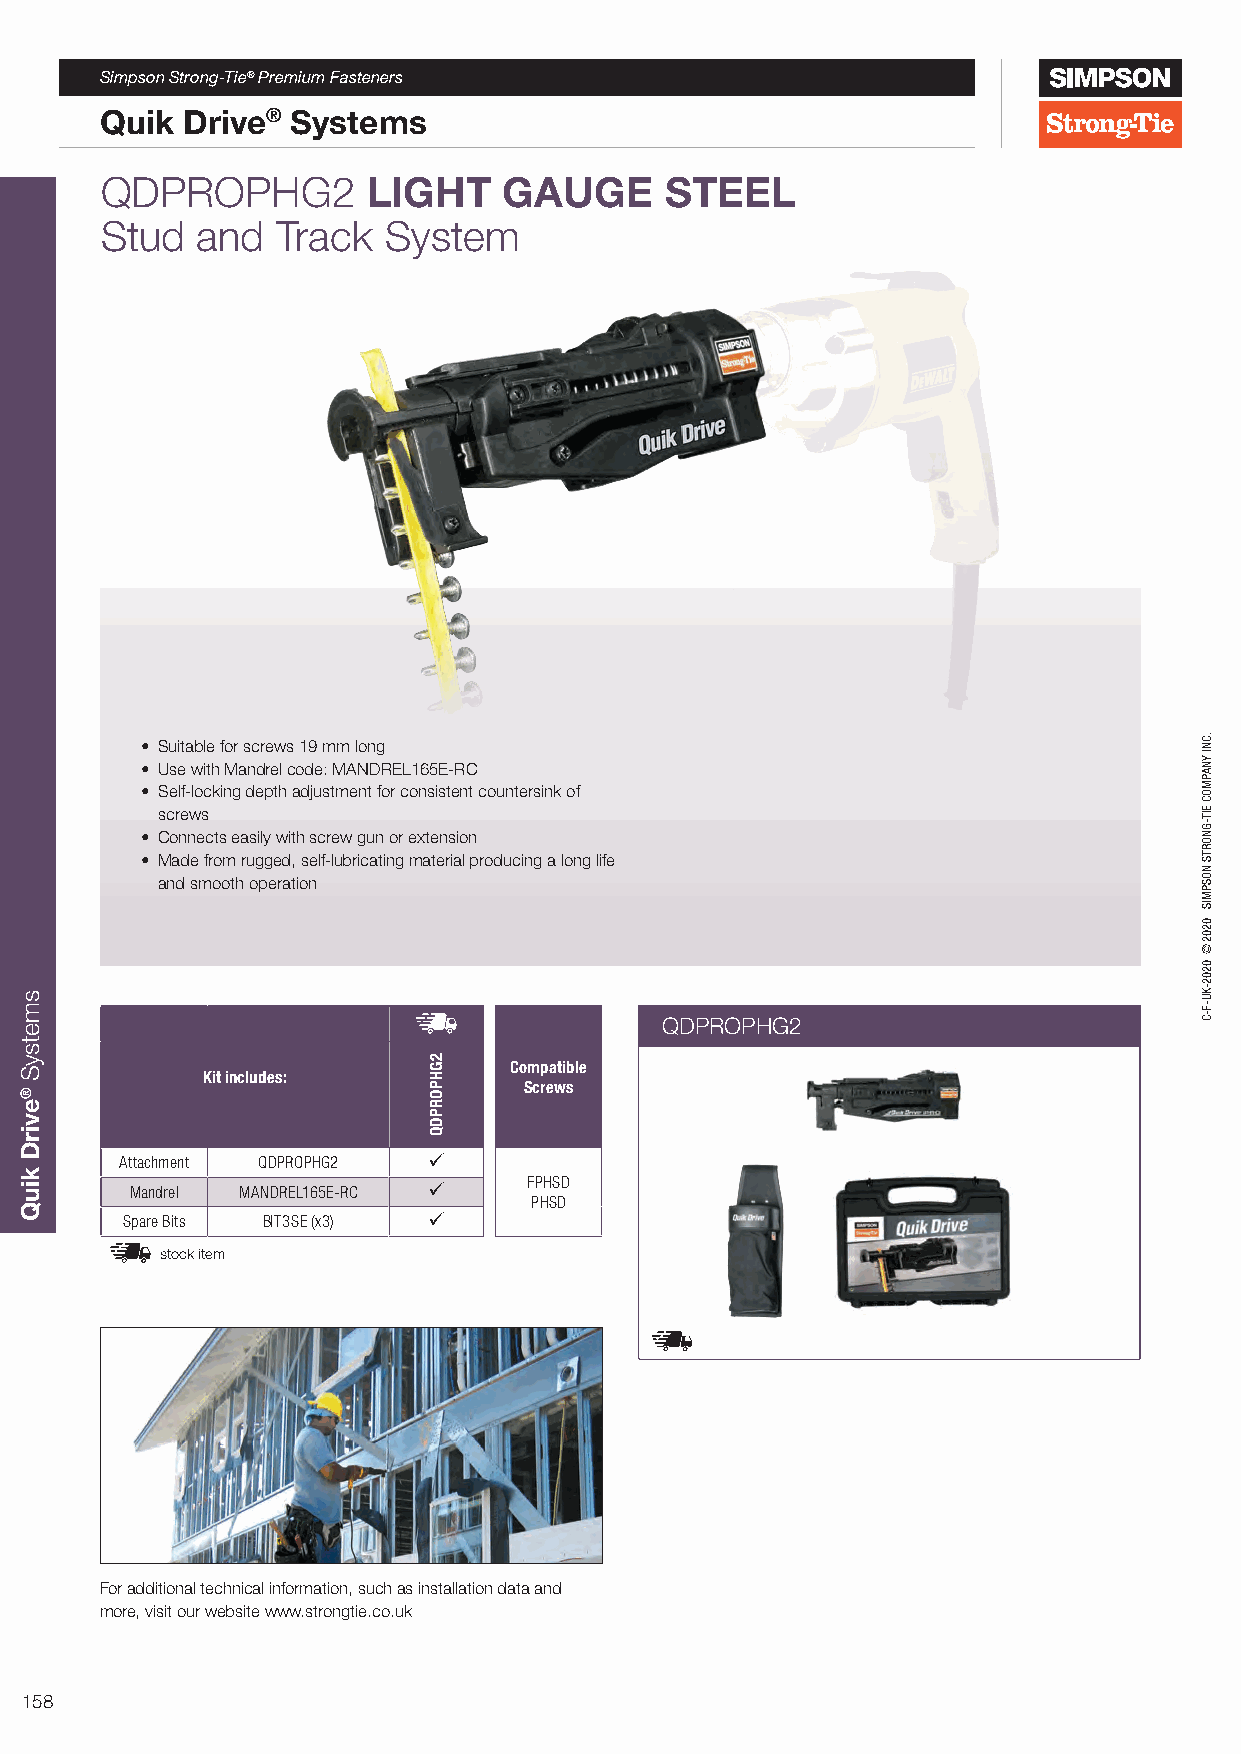
Simpson Strong-Tie® Premium Fasteners
 Quik Drive® Systems
 QDPROPHG2        LIGHT    GAUGE      STEEL
 Stud  and  Track  System
 • Suitable for screws 19 mm long
 • Use with Mandrel code: MANDREL165E-RC
 • Self-locking depth adjustment for consistent countersink of
 screws
 • Connects easily with screw gun or extension
 • Made from rugged, self-lubricating material producing a long life
 and smooth operation
 QDPROPHG2
 Compatible
 Kit includes:
 Screws
 Attachment QDPROPHG2 
 FPHSD
 Mandrel MANDREL165E-RC 
 PHSD
 Spare Bits BIT3SE (x3) 
 stock item
 For additional technical information, such as installation data and
 more, visit our website www.strongtie.co.uk
 158
 smetsyS
 ®evirD
 kiuQ
 2GHPORPDQ
 .CNI
 YNAPMOC
 EIT-GNORTS
 NOSPMIS
 0202©
 0202-KU-F-C